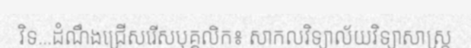
វិទ...ដំណឹងជ្រើសរើសបុគ្គលិក៖ សាកលវិទ្យាល័យវិទ្យាសាស្ត្រ